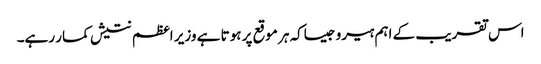
اس تقریب کے اہم ہیرو جیساکہ ہر موقع پر ہوتا ہے وزیر اعظم نتیش کمار رہے۔